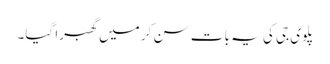
پلوی جی کی یہ بات سن کر میں گھبرا گیا۔